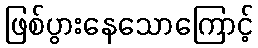
ဖြစ်ပွားနေသောကြောင့်